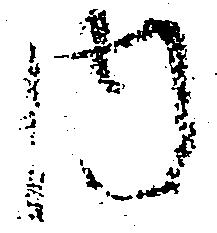
内